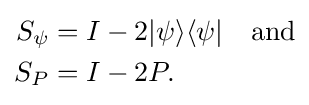
{\begin{aligned}S_{\psi }&=I-2|\psi \rangle \langle \psi |\quad {\text{and}}\\S_{P}&=I-2P.\end{aligned}}